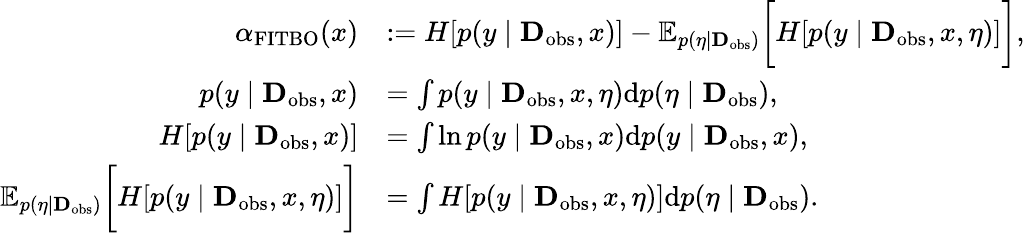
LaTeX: \begin{array}{rl}{\alpha_{\mathrm{FITBO}}(x)}&{:=H[p(y\mid\textbf{D}_{\mathrm{obs}},x)]-\mathbb{E}_{p(\eta\mid\textbf{D}_{\mathrm{obs}})}\bigg[H[p(y\mid\textbf{D}_{\mathrm{obs}},x,\eta)]\bigg],}\\ {p(y\mid\textbf{D}_{\mathrm{obs}},x)}&{=\int p(y\mid\textbf{D}_{\mathrm{obs}},x,\eta)\mathrm{d}p(\eta\mid\textbf{D}_{\mathrm{obs}}),}\\ {H[p(y\mid\textbf{D}_{\mathrm{obs}},x)]}&{=\int\ln p(y\mid\textbf{D}_{\mathrm{obs}},x)\mathrm{d}p(y\mid\textbf{D}_{\mathrm{obs}},x),}\\ {\mathbb{E}_{p(\eta\mid\textbf{D}_{\mathrm{obs}})}\bigg[H[p(y\mid\textbf{D}_{\mathrm{obs}},x,\eta)]\bigg]}&{=\int H[p(y\mid\textbf{D}_{\mathrm{obs}},x,\eta)]\mathrm{d}p(\eta\mid\textbf{D}_{\mathrm{obs}}).}\end{array}